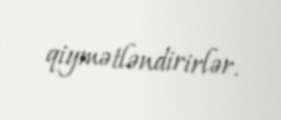
qiymətləndirirlər.